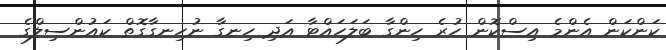
ކަންކަން އެންމެ އިސްކޮން ހުރެ ހިންގާ ބަލަހައްޓާ އަދި ހިނގާ ނުހިނގާގޮތް ކައުންސިލްގެ